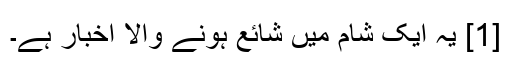
[1] یہ ایک شام میں شائع ہونے والا اخبار ہے۔